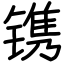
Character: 镌